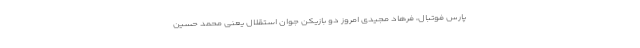
پارس فوتبال، فرهاد مجیدی امروز دو بازیکن جوان استقلال یعنی محمد حسین